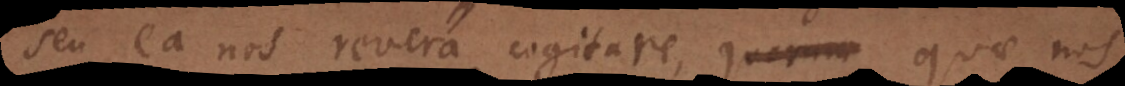
seu ea nos revera cogitare, quarum quae nos